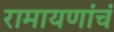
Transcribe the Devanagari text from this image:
रामायणांचं